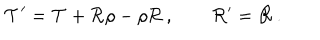
LaTeX: { \cal T } ^ { \prime } = { \cal T } + { \cal R } \rho - \rho { \cal R } \, , \qquad { \cal R } ^ { \prime } = { \cal R } \, .